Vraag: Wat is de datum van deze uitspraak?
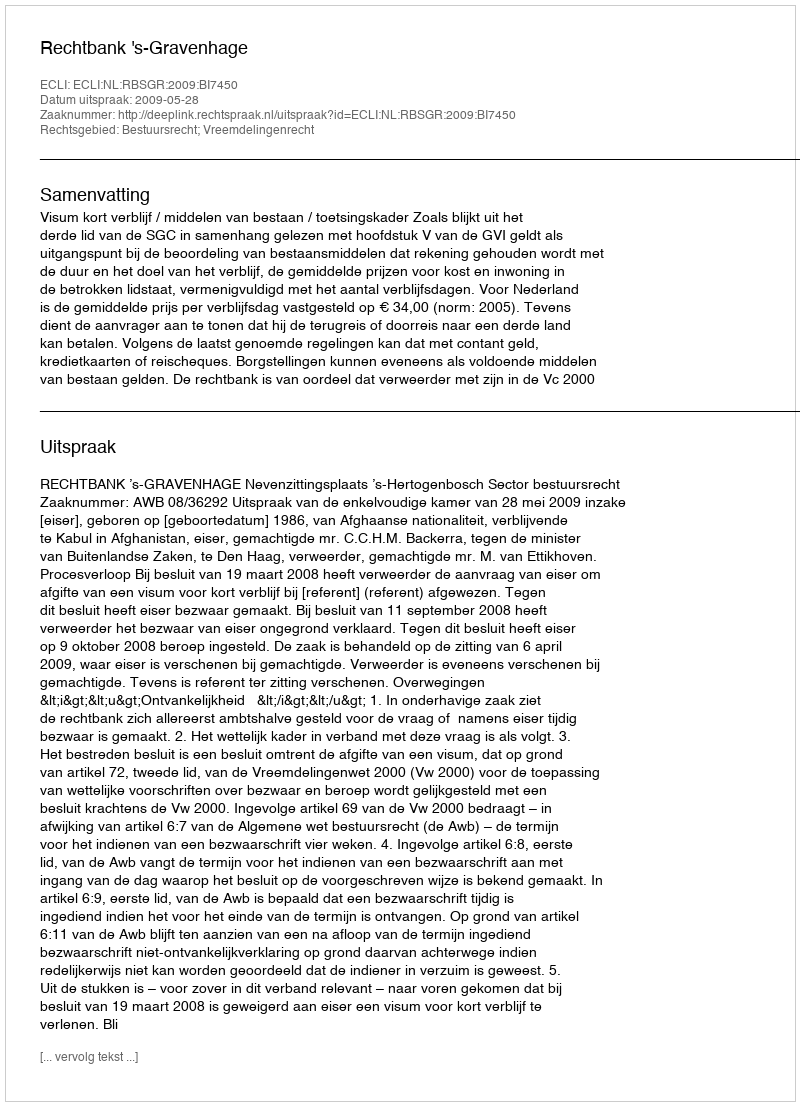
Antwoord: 2009-05-28